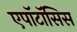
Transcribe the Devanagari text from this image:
एपॉटॉसिस